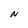
Character: N